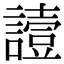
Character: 𧬇